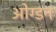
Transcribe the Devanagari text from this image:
ओग्डन